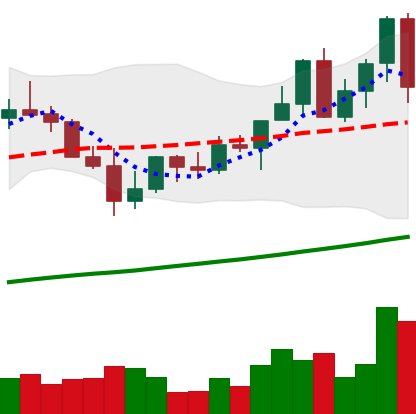
Ticker: LINK-USD
Chart end date: 2021-04-07
Forward return: 6.192%
Label: up_5_7